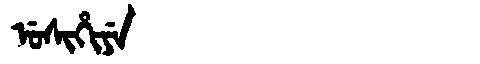
Manchu: ᡠᠰᡳᡥᡳᠶᡝ
Romanization: USIHIYE